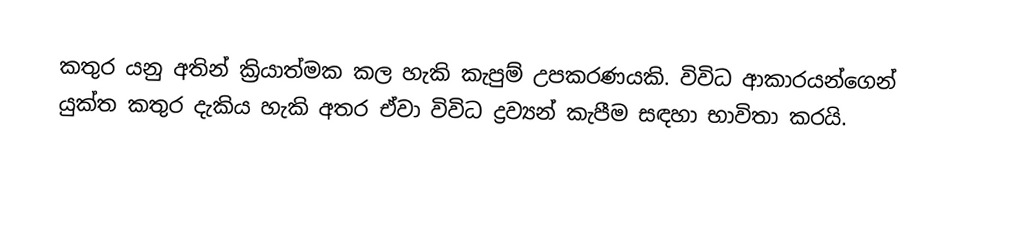
කතුර යනු අතින් ක්‍රියාත්මක කල හැකි කැපුම් උපකරණයකි. විවිධ ආකාරයන්ගෙන් යුක්ත කතුර දැකිය හැකි අතර ඒවා විවිධ ද්‍රව්‍යන් කැපීම සඳහා භාවිතා කරයි.